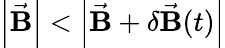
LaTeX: \left|\vec{\mathbf B}\right|<\left|\vec{\mathbf B}+\delta\vec{\mathbf{B}}(t)\right|